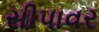
સીપાવર